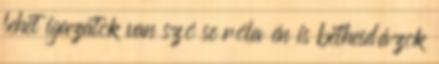
lehet igazatok van szó se róla én is bethesdázok